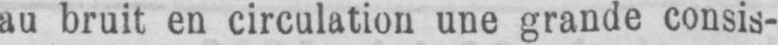
au bruit en circulation une grande consis-